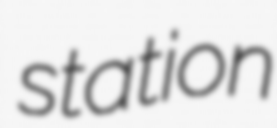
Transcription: station